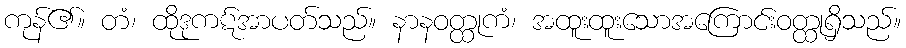
ကုန်၏။ တံ၊ ထိုဒုကဋ်အာပတ်သည်။ နာနဝတ္ထုကံ၊ အထူးထူးသောအကြောင်းဝတ္ထုရှိသည်။